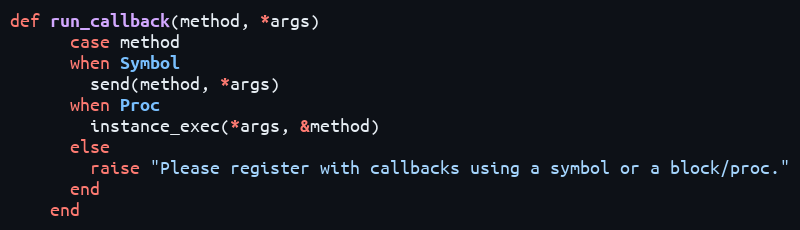
Language: Ruby
def run_callback(method, *args)
      case method
      when Symbol
        send(method, *args)
      when Proc
        instance_exec(*args, &method)
      else
        raise "Please register with callbacks using a symbol or a block/proc."
      end
    end